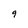
Character: 9